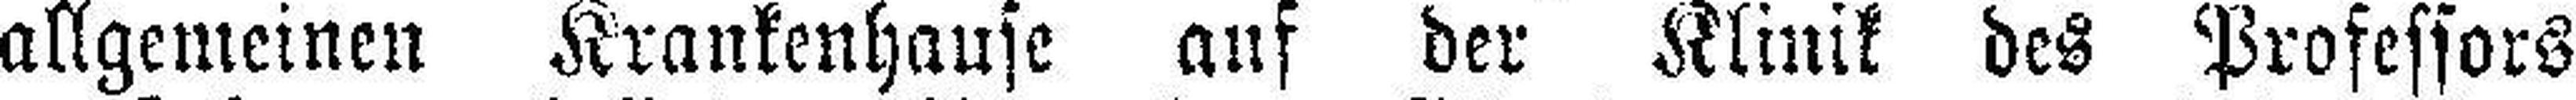
allgemeinen Krankenhause auf der Klinik des Professors